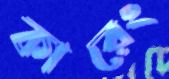
কারেং